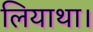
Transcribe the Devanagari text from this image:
लियाथा।